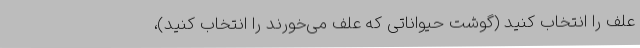
علف را انتخاب کنید (گوشت حیواناتی که علف می‌خورند را انتخاب کنید)،